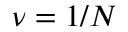
\nu = 1 / N